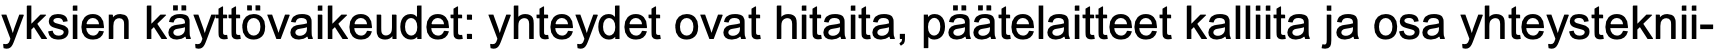
yksien käyttövaikeudet: yhteydet ovat hitaita, päätelaitteet kalliita ja osa yhteysteknii-